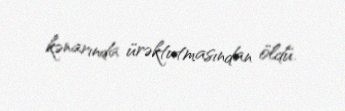
kənarında ürəktutmasından öldü.